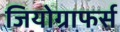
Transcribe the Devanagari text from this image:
जियोग्राफर्स